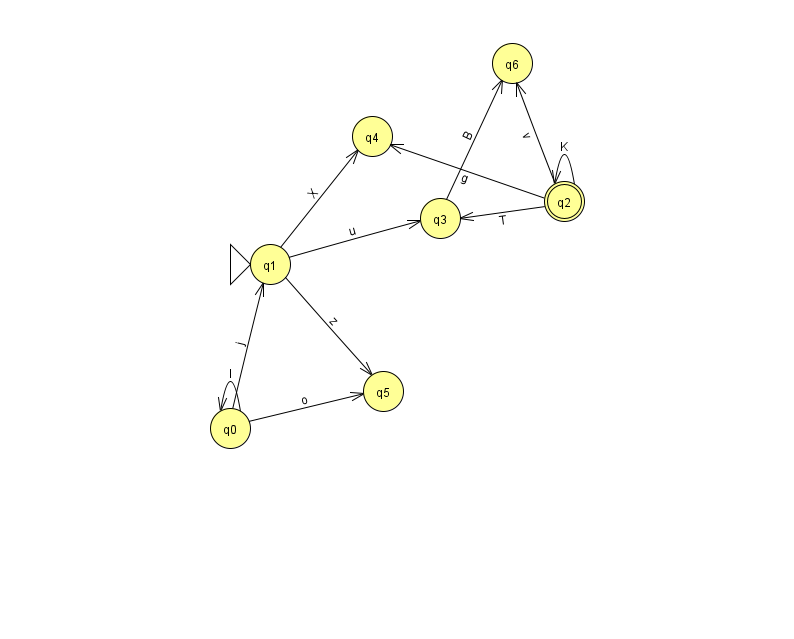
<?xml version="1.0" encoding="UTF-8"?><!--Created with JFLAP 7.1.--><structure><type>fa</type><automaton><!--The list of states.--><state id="0" name="q0"><x>230.0</x><y>415.0</y></state><state id="1" name="q1"><x>270.0</x><y>251.0</y><initial/></state><state id="2" name="q2"><x>564.0</x><y>188.0</y><final/></state><state id="3" name="q3"><x>440.0</x><y>205.0</y></state><state id="4" name="q4"><x>372.0</x><y>123.0</y></state><state id="5" name="q5"><x>383.0</x><y>378.0</y></state><state id="6" name="q6"><x>512.0</x><y>50.0</y></state><!--The list of transitions.--><transition><from>1</from><to>5</to><read>z</read></transition><transition><from>0</from><to>5</to><read>o</read></transition><transition><from>1</from><to>3</to><read>u</read></transition><transition><from>2</from><to>6</to><read>v</read></transition><transition><from>2</from><to>3</to><read>T</read></transition><transition><from>2</from><to>2</to><read>K</read></transition><transition><from>0</from><to>0</to><read>l</read></transition><transition><from>2</from><to>4</to><read>g</read></transition><transition><from>0</from><to>1</to><read>j</read></transition><transition><from>1</from><to>4</to><read>X</read></transition><transition><from>3</from><to>6</to><read>B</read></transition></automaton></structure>